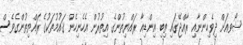
ޝޯވއަށް ދިވެހިންނާއި ރާއްޖޭގައި ތިބި އިންޑިއާ ރައްޔިތުންގެ އިތުރުން އެހެނިހެން ޤައުމުތަކުގެ ރައްޔިތުންގެވެސް